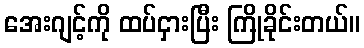
အေးဂျင့်ကို ထပ်ငှားပြီး ကြိုခိုင်းတယ်။